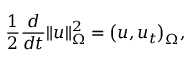
\frac { 1 } { 2 } \frac { d } { d t } \| u \| _ { \Omega } ^ { 2 } = \big ( u , u _ { t } \big ) _ { \Omega } ,